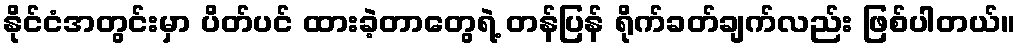
နိုင်ငံအတွင်းမှာ ပိတ်ပင် ထားခဲ့တာတွေရဲ့ တန်ပြန် ရိုက်ခတ်ချက်လည်း ဖြစ်ပါတယ်။